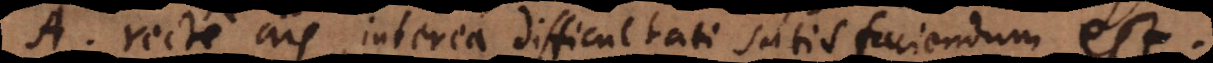
A. Recte ais, interea difficultati satisfaciendum est.